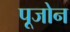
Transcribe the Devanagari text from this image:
पूजोन